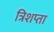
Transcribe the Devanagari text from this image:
त्रिशप्ता